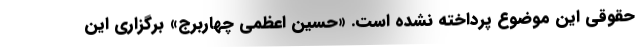
حقوقی این موضوع پرداخته نشده است. «حسین اعظمی چهاربرج» برگزاری این